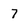
Character: 7